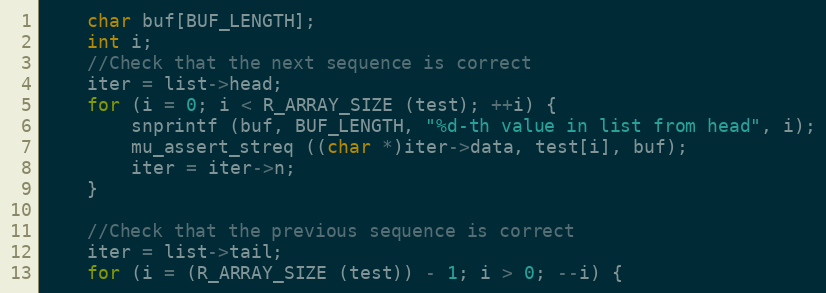
Language: C
	char buf[BUF_LENGTH];
	int i;
	//Check that the next sequence is correct
	iter = list->head;
	for (i = 0; i < R_ARRAY_SIZE (test); ++i) {
		snprintf (buf, BUF_LENGTH, "%d-th value in list from head", i);
		mu_assert_streq ((char *)iter->data, test[i], buf);
		iter = iter->n;
	}

	//Check that the previous sequence is correct
	iter = list->tail;
	for (i = (R_ARRAY_SIZE (test)) - 1; i > 0; --i) {